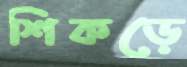
শিকড়ে